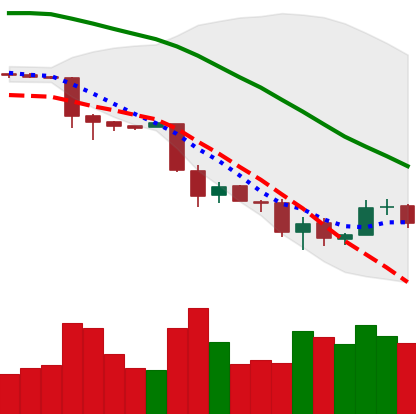
Ticker: BTC-USD
Chart end date: 2018-11-30
Forward return: -6.554%
Label: down_5_7